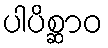
ပါပိစ္ဆာဝ